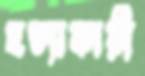
হত্যাকারী